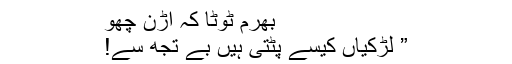
بھرم ٹوٹا کہ اڑن چُھو
” لڑکیاں کیسے پٹتی ہیں بے تجھ سے!